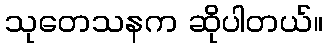
သုတေသနက ဆိုပါတယ်။